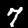
Digit: 7